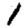
Digit: 1